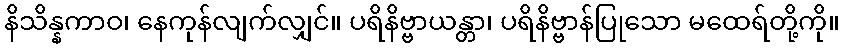
နိသိန္နကာဝ၊ နေကုန်လျက်လျှင်။ ပရိနိဗ္ဗာယန္တာ၊ ပရိနိဗ္ဗာန်ပြုသော မထေရ်တို့ကို။